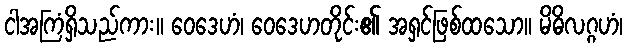
ငါအကြံရှိသည်ကား။ ဝေဒေဟံ၊ ဝေဒေဟတိုင်း၏ အရှင်ဖြစ်ထသော။ မိဓိလဂ္ဂဟံ၊